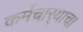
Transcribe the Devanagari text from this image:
कर्मचार्‍याचा